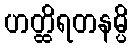
ဟတ္ထိရတနမ္ပိ